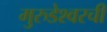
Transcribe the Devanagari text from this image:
मुरुडेश्वरची